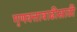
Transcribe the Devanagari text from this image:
गुणवत्तावाढीसाठी